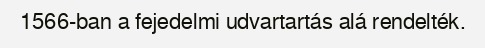
1566-ban a fejedelmi udvartartás alá rendelték.